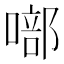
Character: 𭊘